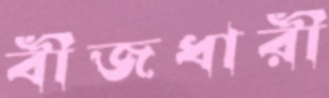
বীজধারী